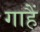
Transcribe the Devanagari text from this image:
गाहैं